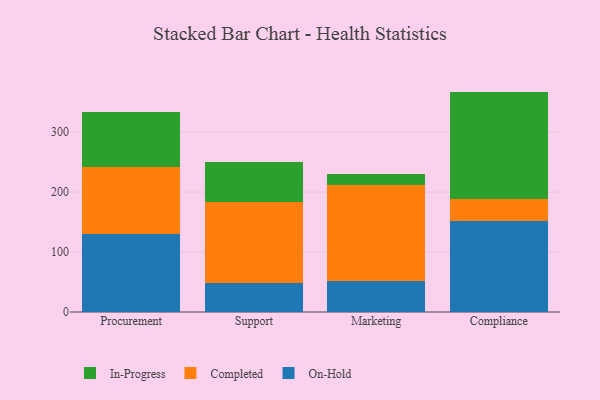
{"axis": {"x": "Department", "y": "Bounce Rate (%)"}, "legend": ["Completed", "In-Progress", "On-Hold"], "data": [{"x": "Procurement", "y": 130.4, "type": "On-Hold"}, {"x": "Procurement", "y": 112.3, "type": "Completed"}, {"x": "Procurement", "y": 91.2, "type": "In-Progress"}, {"x": "Support", "y": 48.9, "type": "On-Hold"}, {"x": "Support", "y": 134.3, "type": "Completed"}, {"x": "Support", "y": 67.4, "type": "In-Progress"}, {"x": "Marketing", "y": 52.1, "type": "On-Hold"}, {"x": "Marketing", "y": 160.1, "type": "Completed"}, {"x": "Marketing", "y": 17.5, "type": "In-Progress"}, {"x": "Compliance", "y": 151.9, "type": "On-Hold"}, {"x": "Compliance", "y": 37.1, "type": "Completed"}, {"x": "Compliance", "y": 178.7, "type": "In-Progress"}]}